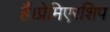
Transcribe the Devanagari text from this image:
हैं।प्रेमिएरशिप